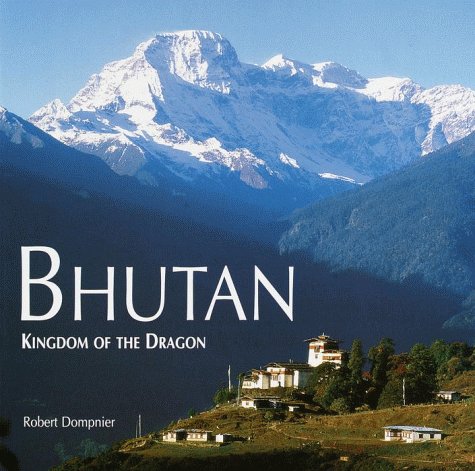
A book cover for Bhutan; Robert Dompnier; Travel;